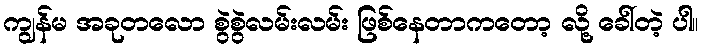
ကျွန်မ အခုတလော စွဲစွဲလမ်းလမ်း ဖြစ်နေတာကတော့ လို့ ခေါ်တဲ့ ပါ။